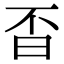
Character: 㫘